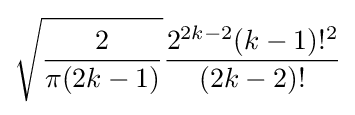
{\sqrt {\frac {2}{\pi (2k-1)}}}{\frac {2^{2k-2}(k-1)!^{2}}{(2k-2)!}}